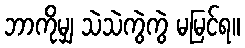
ဘာကိုမျှ သဲသဲကွဲကွဲ မမြင်ရ။